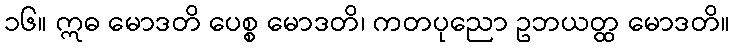
၁၆။ ဣဓ မောဒတိ ပေစ္စ မောဒတိ၊ ကတပုညော ဥဘယတ္ထ မောဒတိ။